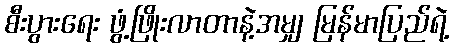
စီးပွားရေး ဖွံ့ဖြိုးလာတာနဲ့အမျှ မြန်မာပြည်ရဲ့